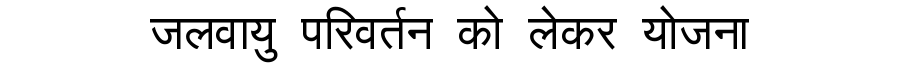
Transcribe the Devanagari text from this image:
जलवायु परिवर्तन को लेकर योजना